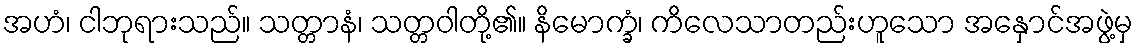
အဟံ၊ ငါဘုရားသည်။ သတ္တာနံ၊ သတ္တဝါတို့၏။ နိမောက္ခံ၊ ကိလေသာတည်းဟူသော အနှောင်အဖွဲ့မှ